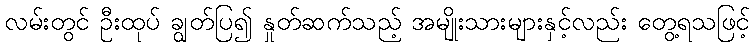
လမ်းတွင် ဦးထုပ် ချွတ်ပြ၍ နှုတ်ဆက်သည့် အမျိုးသားများနှင့်လည်း တွေ့ရသဖြင့်